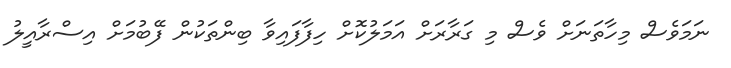
ނަމަވެސް މިހާތަނަށް ވެސް މި ގަރާރަށް އަމަލުކޮށް ހިފާފައިވާ ބިންތަކުން ފޭބުމަށް އިސްރާއީލު